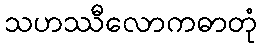
သဟဿီလောကဓာတုံ